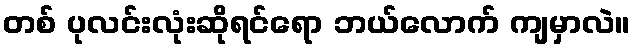
တစ် ပုလင်းလုံးဆိုရင်ရော ဘယ်လောက် ကျမှာလဲ။